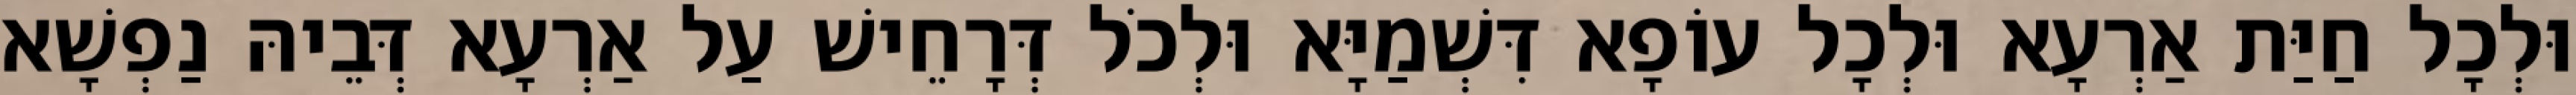
וּלְכָל חַיַּת אַרְעָא וּלְכָל עוֹפָא דִּשְׁמַיָּא וּלְכֹל דְּרָחֵישׁ עַל אַרְעָא דְּבֵיהּ נַפְשָׁא